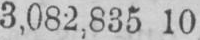
3,082,835 10